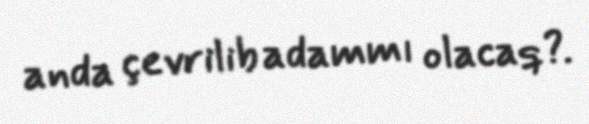
anda çevrilib adammı olacaq?.